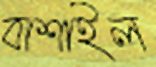
বাশাইল